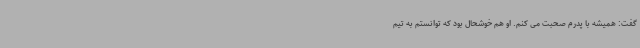
گفت: همیشه با پدرم صحبت می کنم. او هم خوشحال بود که توانستم به تیم